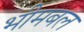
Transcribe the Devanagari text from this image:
भीमबल